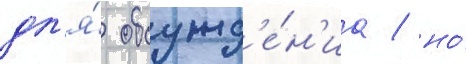
дл'я́ обсужд'е́н'иа / но́